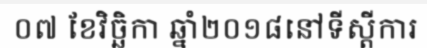
០៧ ខែវិច្ឆិកា ឆ្នាំ២០១៨នៅទីស្តីការ